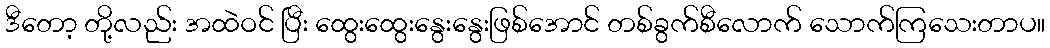
ဒီတော့ တို့လည်း အထဲဝင် ပြီး ထွေးထွေးနွေးနွေးဖြစ်အောင် တစ်ခွက်စီလောက် သောက်ကြသေးတာပ။